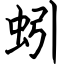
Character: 蚓